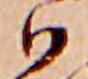
ハ